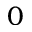
0